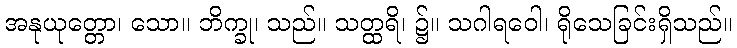
အနုယုတ္တော၊ သော။ ဘိက္ခု၊ သည်။ သတ္ထရိ၊ ၌။ သဂါရဝေါ၊ ရိုသေခြင်းရှိသည်။